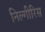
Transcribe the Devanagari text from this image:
निल्गीरिस